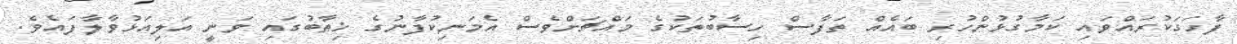
ފާހަގަކުރައްވައި ކަމާގުޅުންހުރި ބައެއް ތަފާސް ހިސާބުތަކުގެ މައްޗަށްވެސް އެމަނިކުފާނުގެ ޚިޠާބުގައި ވަނީ އަލިއަޅުވާލާފައެވެ.